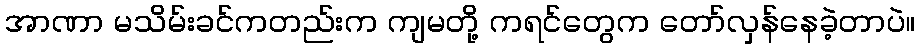
အာဏာ မသိမ်းခင်ကတည်းက ကျမတို့ ကရင်တွေက တော်လှန်နေခဲ့တာပဲ။